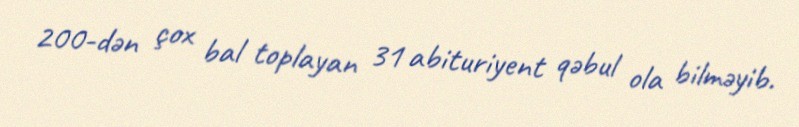
200-dən çox bal toplayan 31 abituriyent qəbul ola bilməyib.